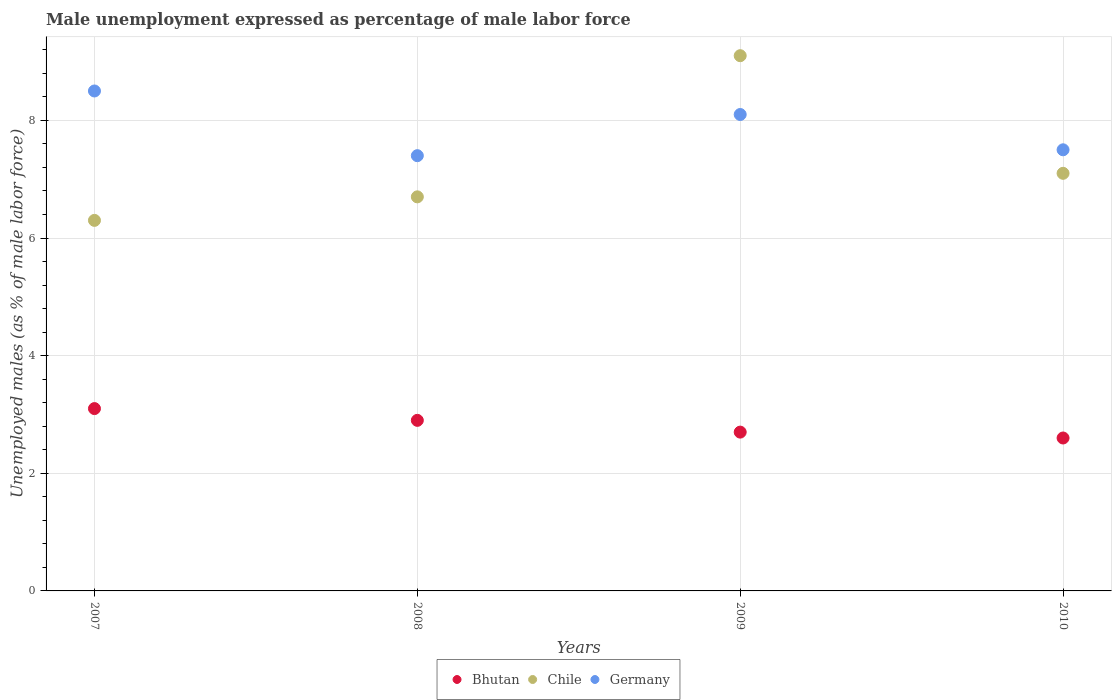
| Years | Bhutan | Chile | Germany |
 | --- | --- | --- | --- |
 | 2007 | 3.1 | 6.3 | 8.5 |
 | 2008 | 2.9 | 6.7 | 7.4 |
 | 2009 | 2.7 | 9.1 | 8.1 |
 | 2010 | 2.6 | 7.1 | 7.5 |